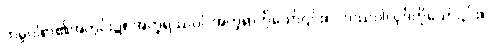
ကမ္မဝါစာ၏အတွင်း၌။ အက္ခရဿဝါ၊ အက္ခရာကိုသော်၎င်း။ ပဒဿဝါ၊ ပုဒ်ကိုသော်၎င်း။